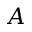
A